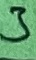
Text: 3